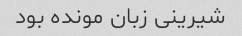
شیرینی زبان مونده بود